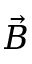
\Vec { B }